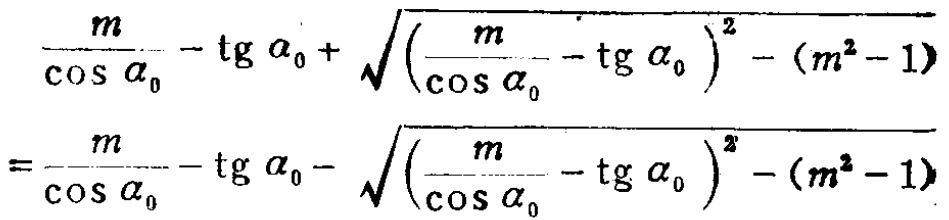
\[\frac{m}{\cos \alpha_{0}}-\operatorname{tg} \alpha_{0}+\sqrt{\left(\frac{m}{\cos \alpha_{0}}-\operatorname{tg} \alpha_{0}\right)^{2}-\left(m^{2}-1\right)}=\frac{m}{\cos \alpha_{0}}-\operatorname{tg} \alpha_{0}-\sqrt{\left(\frac{m}{\cos \alpha_{0}}-\operatorname{tg} \alpha_{0}\right)^{2}-\left(m^{2}-1\right)}\]